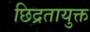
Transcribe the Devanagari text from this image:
छिद्रतायुक्त